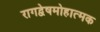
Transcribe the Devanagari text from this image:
रागद्वेषमोहात्मक